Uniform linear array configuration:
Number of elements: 24
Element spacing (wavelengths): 0.75
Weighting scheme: uniform
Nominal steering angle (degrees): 45
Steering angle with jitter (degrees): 45.523
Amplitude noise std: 0.05
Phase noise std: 0.05

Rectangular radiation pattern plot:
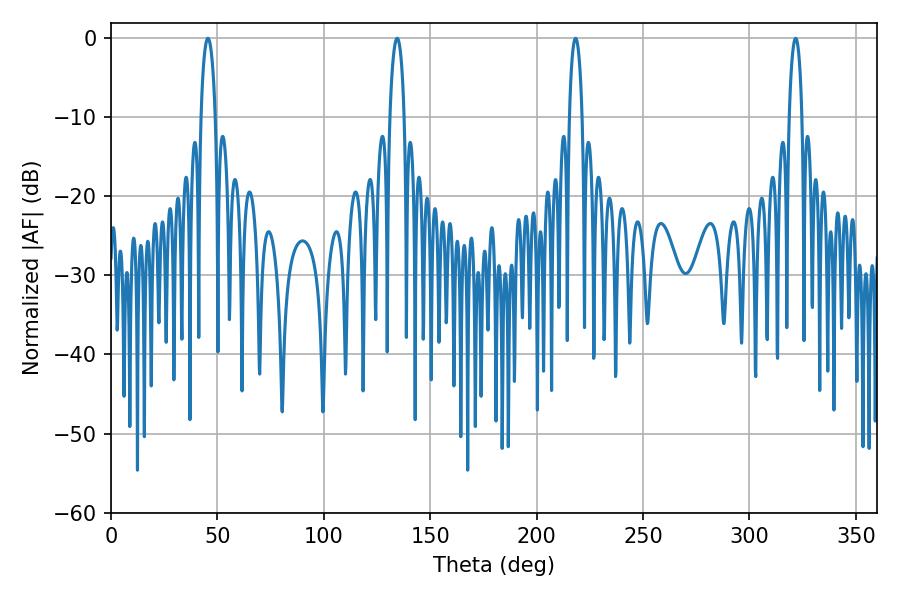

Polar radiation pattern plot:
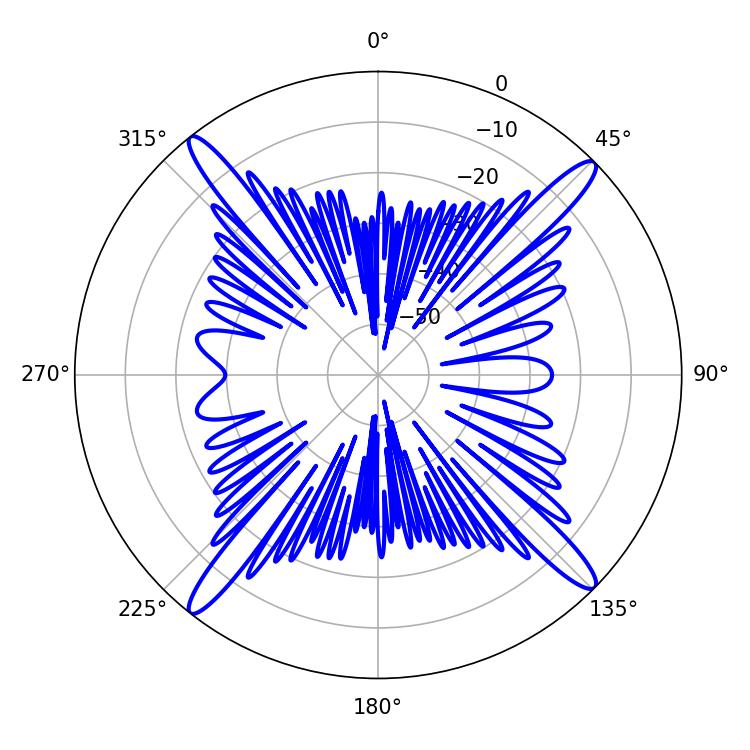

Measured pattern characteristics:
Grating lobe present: TRUE
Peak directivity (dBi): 19.151
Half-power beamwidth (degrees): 3.78
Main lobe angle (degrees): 45.54